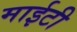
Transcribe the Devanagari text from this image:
माईटी